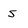
Character: S